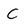
Character: C